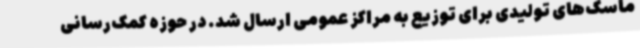
ماسک‌های تولیدی برای توزیع به مراکز عمومی ارسال شد. در حوزه کمک‌رسانی